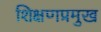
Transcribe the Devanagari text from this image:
शिक्षणप्रमुख